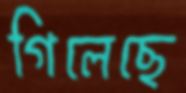
গিলেছে